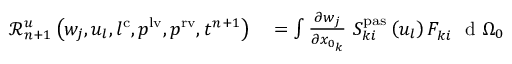
\begin{array} { r l } { \mathscr { R } _ { n + 1 } ^ { u } \left( w _ { j } , u _ { l } , l ^ { \mathrm { c } } , p ^ { \mathrm { l v } } , p ^ { \mathrm { r v } } , t ^ { n + 1 } \right) } & { { } = \int \frac { \partial w _ { j } } { \partial x _ { 0 _ { k } } } \ S _ { k i } ^ { \mathrm { p a s } } \left( u _ { l } \right) F _ { k i } ^ { \phantom { } } \ \mathrm { ~ d ~ } { \Omega _ { 0 } } } \end{array}